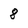
Character: 8